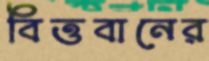
বিত্তবানের